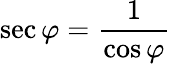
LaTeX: \sec\varphi={\frac{1}{\cos\varphi}}